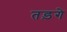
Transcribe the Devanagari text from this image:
तड़गे